Calcutta medical institutions reports 1879-81 [i.e.91]
Year: 1879
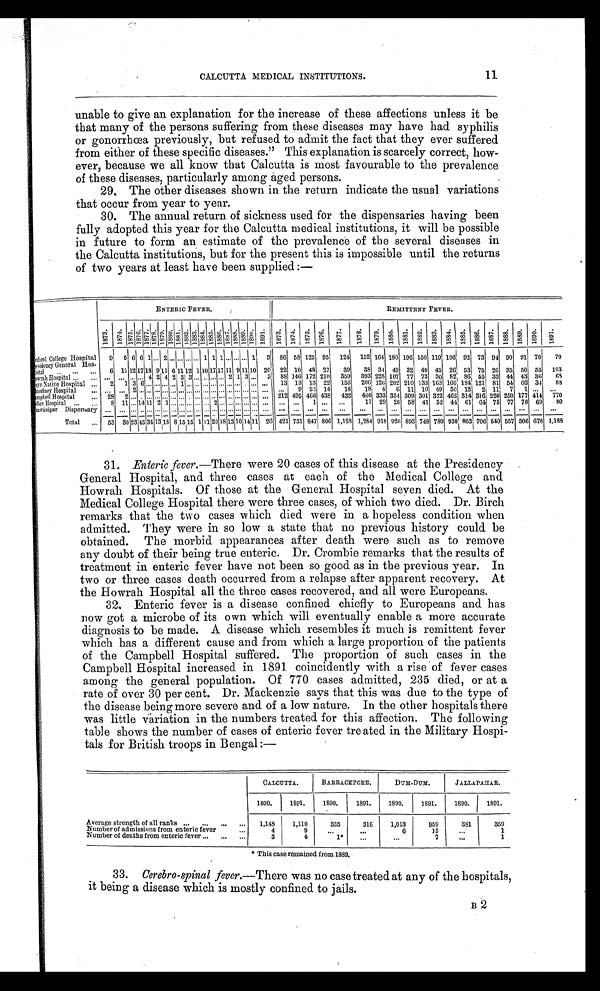
11
CALCUTTA MEDICAL INSTITUTIONS.
unable to give an explanation for the increase of these affections unless it be
that many of the persons suffering from these diseases may have had syphilis
or gonorrhœa previously, but refused to admit the fact that they ever suffered
from either of these specific diseases." This explanation is scarcely correct, how-
ever, because we all know that Calcutta is most favourable to the prevalence
of these diseases, particularly among aged persons.
29. The other diseases shown in the return indicate the usual variations
that occur from year to year.
30. The annual return of sickness used for the dispensaries having been
fully adopted this year for the Calcutta medical institutions, it will be possible
in future to form an estimate of the prevalence of the several diseases in
the Calcutta institutions, but for the present this is impossible until the returns
of two years at least have been supplied :—
ENTERIC FEVER.
REMITTENT FEVER.
1 8 7 3 . 1 8 7 4 .
1 8 7 5 . 1 8 7 6 .
1877.
1 8 7 8 .
1 8 7 9 1 8 8 0 .
1 8 8 1 . 1 8 8 2 . 1 8 8 3 . 1 8 8 4 . 1 8 8 5 . 1 8 8 6 .
1 8 8 7 .
1 8 8 8 . 1 8 8 9 .
1 8 9 0 . 1 8 9 1 . 1873. 1874. 1 8 7 5 . 1876. 1 8 7 7 .
1 8 7 8 . 1879. 1880. 1 8 8 1 . 1882. 1883. 1884. 1885. 1886.
1 8 8 7 . 1888. 1889. 1890.
1 8 9 1 .
Medical College Hospital 9 5 6 6 1 ... 2 ... ...
...
... 1 1 1 ...
...
... 1 3 86 58 125 95 124 152 164 180 196 150 1191 106 92 73 94 90 91 70 79
Presidency General Hos-
pital ... ... ... 6 11 12 17 18 9 11 6 11 12 1 10 17 17 11 9 11 10 20 22 10 48 27 39 38 34 49 32 40 45 26 53 75 26 35 50 55 103
Howrah Hospital ... ... ... ... ... .. . 4 2 4 2 3 3 ... ... ... ... 2 1 3 ... 3 88 146 172 210 359 393 228 107 77 73 30 82 86 55 33 44 43 36 68
Mayo Native Hospital ... 2 1 3 6 ... ...... ... 1 ... ... ... ... ... ... . . . . . . ... ... 13 13 13 22 156 206 126 202 210 133 163 160 184 121 81 54 66 34 88
Chandney Hospital ... ... ... 2 ... ... ... ... ... ... ... ... ... ... ... ... ... ... ... ... ... 9 22 14 18 18 4 6 11 10 49 50 13 2 11 7 1 ... ...
Campbell Hospital
... 28 2 ... . . . ... ... ..
. ... ... .. ... . . .
... ... ... ... ... ... ... 212 495 466 438 432 466 333 354 309 301 322 462 314 316 220 250 177 414 770
Police Hospital ... ... 8 11 ... 14 11 2 1 . . .
... ... ... ... 2 ... ... ... ... ... ... ... ... 1 ... ...
11 29 28 58 41 52 44 61 64 75 77 78 69 80
Bhawánipur Dispensary ... ... ... ... ... ... ... ... ... ... ... ... ... ... ... ... ... ... ... ... ... ... ...
. . .
. . .
... ...
. . .
... ... ... ... ...
. . .
... ... ... ...
Total ... 53 30 23 43 3
4 13 18 8 15 15 1 11 20 18 13 10 14 11 26 421 731 847 806 1,128 1,284 918 926 893 748 780 930 803 706 540 557 506 678 1,188
31. Enteric fever. —There were 20 cases of this disease at the Presidency
General Hospital, and three cases at each of the Medical College and
Howrah Hospitals. Of those at the General Hospital seven died. At the
Medical College Hospital there were three cases, of which two died. Dr. Birch
remarks that the two cases which died were in a hopeless condition when
admitted. They were in so low a state that no previous history could be
obtained. The morbid appearances after death were such as to remove
any doubt of their being true enteric. Dr. Crombie remarks that the results of
treatment in enteric fever have not been so good as in the previous year. In
two or three cases death occurred from a relapse after apparent recovery. At
the Howrah Hospital all the three cases recovered, and all were Europeans.
32. Enteric fever is a disease confined chiefly to Europeans and has
now got a microbe of its own which will eventually enable a more accurate
diagnosis to be made. A disease which resembles it much is remittent fever
which has a different cause and from which a large proportion of the patients
of the Campbell Hospital suffered. The proportion of such cases in the
Campbell Hospital increased in 1891 coincidently with a rise of fever cases
among the general population. Of 770 cases admitted, 235 died, or at a
rate of over 30 per cent. Dr. Mackenzie says that this was due to the type of
the disease being more severe and of a low nature. In the other hospitals there
was little variation in the numbers treated for this affection. The following
table shows the number of cases of enteric fever treated in the Military Hospi-
tals for British troops in Bengal :—
CALCUTTA.
BARRACKPORE.
DUM- DUM.
JALLAPAHAR.
1890.
1891.
1890.
1891.
1890.
1891.
1890.
1891.
Average strength of all ranks
. . . ...
...
...
1,148
1,110
335
316
1,013
959
381
359
Number of admissions from enteric fever
...
4
9
...
...
6
35
...
1
Number of deaths from enteric fever ...
...
...
3
4
1*
...
...
7
. . .
1
* This case remained from 1889.
33. Cerebro-spinal fever. —There was no case treated at any of the hospitals,
it being a disease which is mostly confined to jails.
B 2